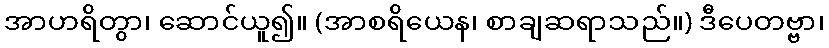
အာဟရိတွာ၊ ဆောင်ယူ၍။ (အာစရိယေန၊ စာချဆရာသည်။) ဒီပေတဗ္ဗာ၊